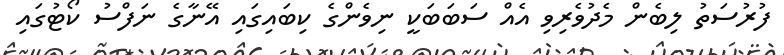
ފުރުސަތު ލިބެން މެދުވެރިވި އެއް ސަބަބަކީ ނިވެންގެ ކިބައިގައި އޭނާގެ ނަފްސު ކޯޓުގައި